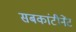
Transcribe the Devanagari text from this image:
सबकांटीनेंट